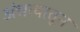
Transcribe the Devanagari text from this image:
अंधत्वातून